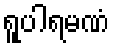
ရူပါရမဏံ